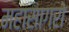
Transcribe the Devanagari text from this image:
महासागरो